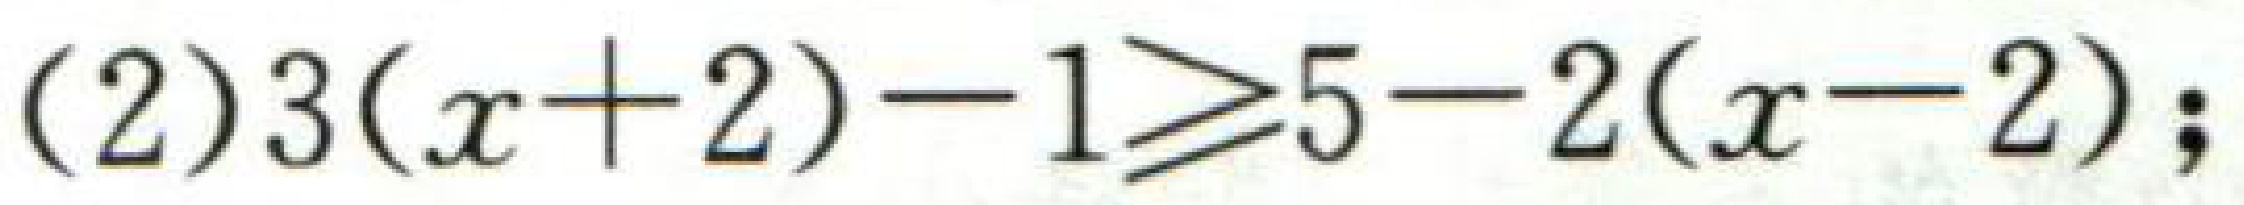
(2)$3(x + 2)-1\geqslant5 - 2(x - 2)$;